Indian journal of veterinary science and animal husbandry - Volume 1,
Year: 1931
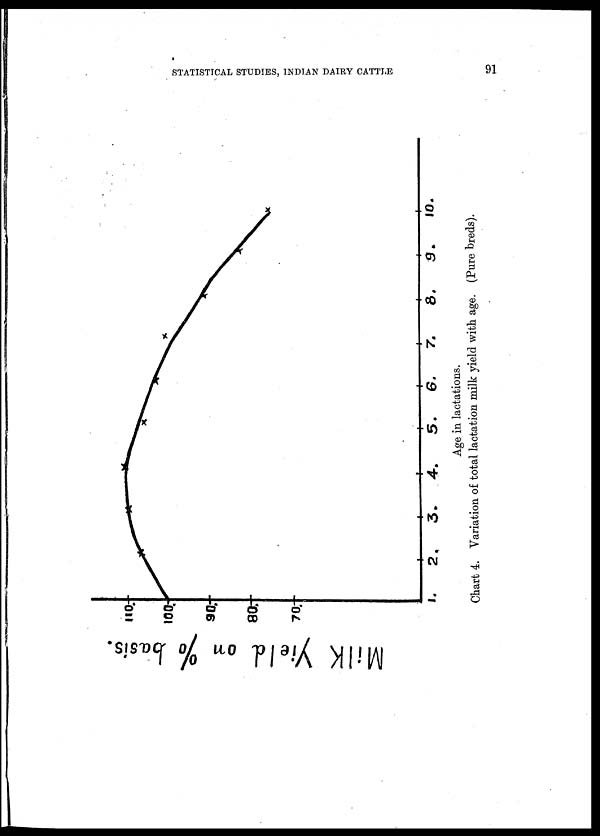
STATISTICAL STUDIES, INDIAN DAIRY CATTLE
91
Age in lactations.
Chart 4. Variation of total lactation milk yield with age. (Pure breds).